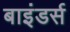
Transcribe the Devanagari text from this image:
बाइंडर्स